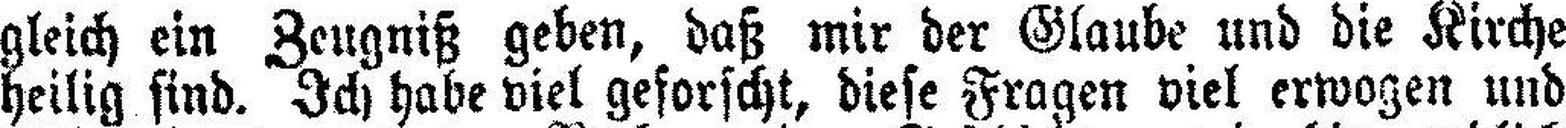
gleich ein Zeugniß geben, daß mir der Glaube und die Kirche